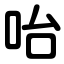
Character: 咍